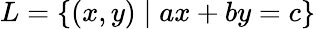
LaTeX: L=\{ (x,y)\mid ax+by=c\}